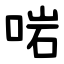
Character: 啱